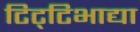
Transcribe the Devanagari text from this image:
टिट्‌टिभाद्या